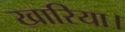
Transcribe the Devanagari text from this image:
खारिया।